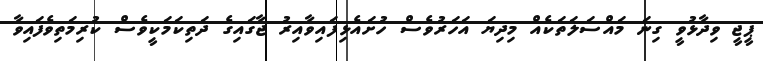
ޕީޖީ ވިދާޅުވީ ގިނަ މައްސަލަތަކެއް މިދިޔަ އަހަރުވެސް ހުށައެޅިފައިވާއިރު ޖާގައިގެ ދަތިކަމަކީވެސް ކުރިމަތިވެފައިވާ